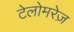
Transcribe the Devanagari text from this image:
टेलोमरेज़